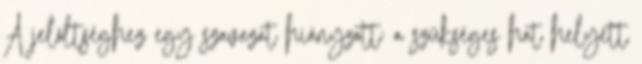
A jelöltséghez egy szavazat hiányzott: a szükséges hat helyett